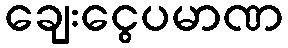
ချေးငွေပမာဏ